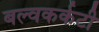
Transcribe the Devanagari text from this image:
बल्वकर्कटी